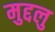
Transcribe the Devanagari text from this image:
मुद्दलु